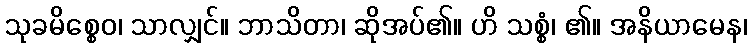
သုခမိစ္စေဝ၊ သာလျှင်။ ဘာသိတာ၊ ဆိုအပ်၏။ ဟိ သစ္စံ၊ ၏။ အနိယာမေန၊